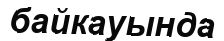
байкауында